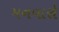
મનવારો